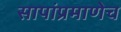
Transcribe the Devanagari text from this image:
सापांप्रमाणेच